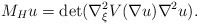
\begin{align*}M_Hu = \det(\nabla_{\xi}^2V(\nabla u)\nabla^2u).\end{align*}